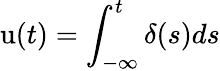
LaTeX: \mathrm{u}(t)=\int_{-\infty}^{t}\delta(s)ds